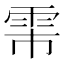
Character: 𬯻